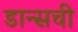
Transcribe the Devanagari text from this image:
डान्सची